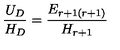
{ \frac { U _ { D } } { H _ { D } } } = { \frac { E _ { r + 1 ( r + 1 ) } } { H _ { r + 1 } } }